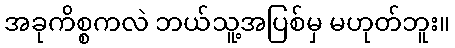
အခုကိစ္စကလဲ ဘယ်သူ့အပြစ်မှ မဟုတ်ဘူး။